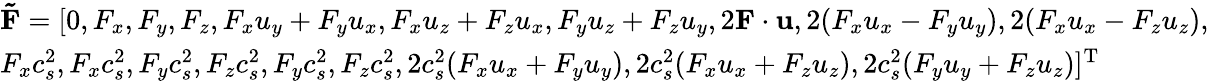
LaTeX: \begin{array}{l}{{\mathbf{\tilde{F}}}=[0,{F_{x}},{F_{y}},{F_{z}},\mathrm{}{F_{x}}{u_{y}}+{F_{y}}{u_{x}},{F_{x}}{u_{z}}+{F_{z}}{u_{x}},{F_{y}}{u_{z}}+{F_{z}}{u_{y}},2{\mathbf{F}}\cdot{\mathbf{u}},2({F_{x}}{u_{x}}-{F_{y}}{u_{y}}),2({F_{x}}{u_{x}}-{F_{z}}{u_{z}}),}\\ {{F_{x}}c_{s}^{2},{F_{x}}c_{s}^{2},{F_{y}}c_{s}^{2},{F_{z}}c_{s}^{2},{F_{y}}c_{s}^{2},{F_{z}}c_{s}^{2},2c_{s}^{2}({F_{x}}{u_{x}}+{F_{y}}{u_{y}}),2c_{s}^{2}({F_{x}}{u_{x}}+{F_{z}}{u_{z}}),2c_{s}^{2}({F_{y}}{u_{y}}+{F_{z}}{u_{z}}){]^{\mathrm{T}}}}\end{array}